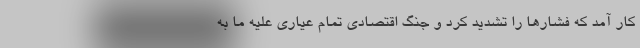
کار آمد که فشارها را تشدید کرد و جنگ اقتصادی تمام عیاری علیه ما به